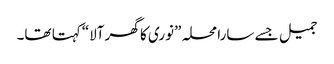
جمیل جسے سارا محلہ ”نوری کا گھر آلا“کہتا تھا۔